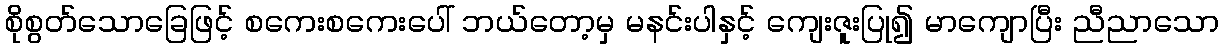
စိုစွတ်သောခြေဖြင့် စကေးစကေးပေါ် ဘယ်တော့မှ မနင်းပါနှင့် ကျေးဇူးပြု၍ မာကျောပြီး ညီညာသော